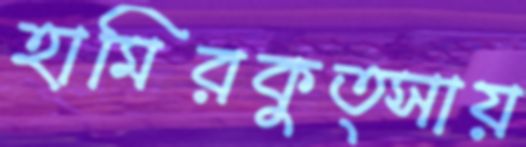
হামিরকুত্সায়